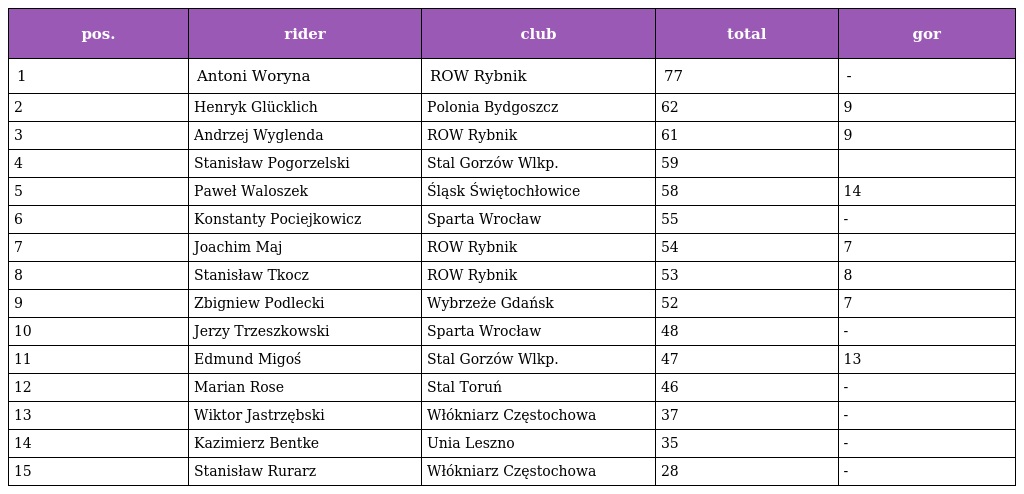
| pos. | rider | club | total | gor |
 | --- | --- | --- | --- | --- |
 | 1 | Antoni Woryna | ROW Rybnik | 77 | - |
 | 2 | Henryk Glücklich | Polonia Bydgoszcz | 62 | 9 |
 | 3 | Andrzej Wyglenda | ROW Rybnik | 61 | 9 |
 | 4 | Stanisław Pogorzelski | Stal Gorzów Wlkp. | 59 |  |
 | 5 | Paweł Waloszek | Śląsk Świętochłowice | 58 | 14 |
 | 6 | Konstanty Pociejkowicz | Sparta Wrocław | 55 | - |
 | 7 | Joachim Maj | ROW Rybnik | 54 | 7 |
 | 8 | Stanisław Tkocz | ROW Rybnik | 53 | 8 |
 | 9 | Zbigniew Podlecki | Wybrzeże Gdańsk | 52 | 7 |
 | 10 | Jerzy Trzeszkowski | Sparta Wrocław | 48 | - |
 | 11 | Edmund Migoś | Stal Gorzów Wlkp. | 47 | 13 |
 | 12 | Marian Rose | Stal Toruń | 46 | - |
 | 13 | Wiktor Jastrzębski | Włókniarz Częstochowa | 37 | - |
 | 14 | Kazimierz Bentke | Unia Leszno | 35 | - |
 | 15 | Stanisław Rurarz | Włókniarz Częstochowa | 28 | - |